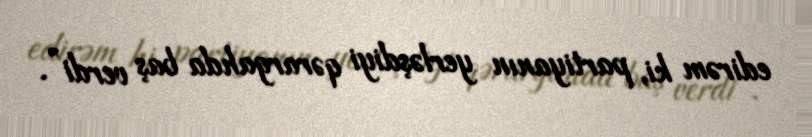
edirəm ki, partiyanın yerləşdiyi qərargahda baş verdi”.